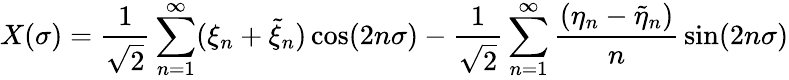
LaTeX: X(\sigma)={\frac{1}{\sqrt{2}}}\sum_{n=1}^{\infty}(\xi_{n}+\tilde{\xi}_{n})\cos(2n\sigma)-{\frac{1}{\sqrt{2}}}\sum_{n=1}^{\infty}{\frac{(\eta_{n}-\tilde{\eta}_{n})}{n}}\sin(2n\sigma)